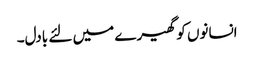
انسانوں کو گھیرے میں لئے بادل۔